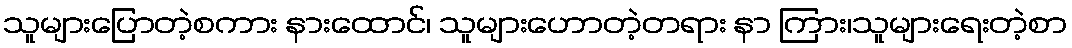
သူများပြောတဲ့စကား နားထောင်၊ သူများဟောတဲ့တရား နာ ကြား၊သူများရေးတဲ့စာ